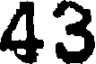
43